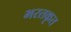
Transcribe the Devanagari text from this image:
भरतकृत